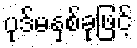
ပုဒ်မနှစ်ခုဖြင့်